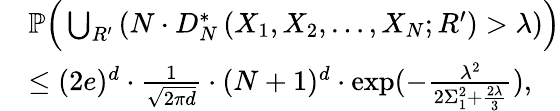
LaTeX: \begin{array}{rl}&{\mathbb{P}\Big(\bigcup_{R^{\prime}}\left(N\cdot D_{N}^{*}\left(X_{1},X_{2},\ldots,X_{N};R^{\prime}\right)>\lambda\right)\Big)}\\ &{\leq(2e)^{d}\cdot\frac{1}{\sqrt{2\pi d}}\cdot(N+1)^{d}\cdot\exp(-\frac{\lambda^{2}}{2\Sigma_{1}^{2}+\frac{2\lambda}{3}}),}\end{array}